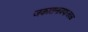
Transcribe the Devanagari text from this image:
जकातनाक्याजवळ